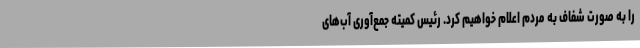
را به صورت شفاف به مردم اعلام خواهیم کرد. رئیس کمیته جمع‌آوری آب‌های